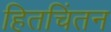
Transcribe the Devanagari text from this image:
हितचिंतन